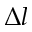
\Delta l